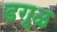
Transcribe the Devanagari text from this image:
डगूळ